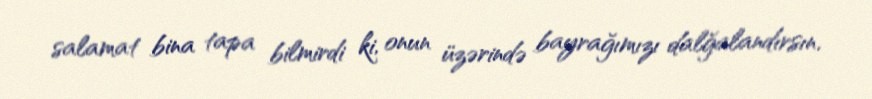
salamat bina tapa bilmirdi ki, onun üzərində bayrağımızı dalğalandırsın.